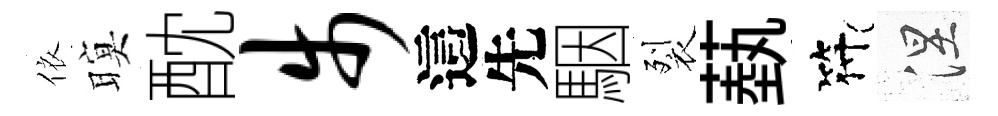
依暝酖步這先駰裂蓺符涅